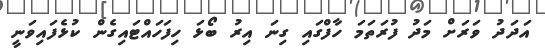
އަދަދު ވަރަށް މަދު ފުރަތަމަ ހާފްގައި ގިނަ އިރު ބޯޅަ ހިފަހައްޓައިގެން ކުޅެފައިވަނީ